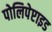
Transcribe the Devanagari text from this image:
पोलिपेप्टाइड